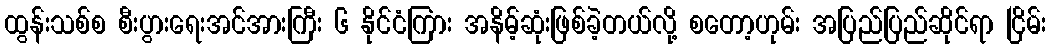
ထွန်းသစ်စ စီးပွားရေးအင်အားကြီး ၆ နိုင်ငံကြား အနိမ့်ဆုံးဖြစ်ခဲ့တယ်လို့ စတော့ဟုမ်း အပြည်ပြည်ဆိုင်ရာ ငြိမ်း